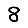
Digit: 8